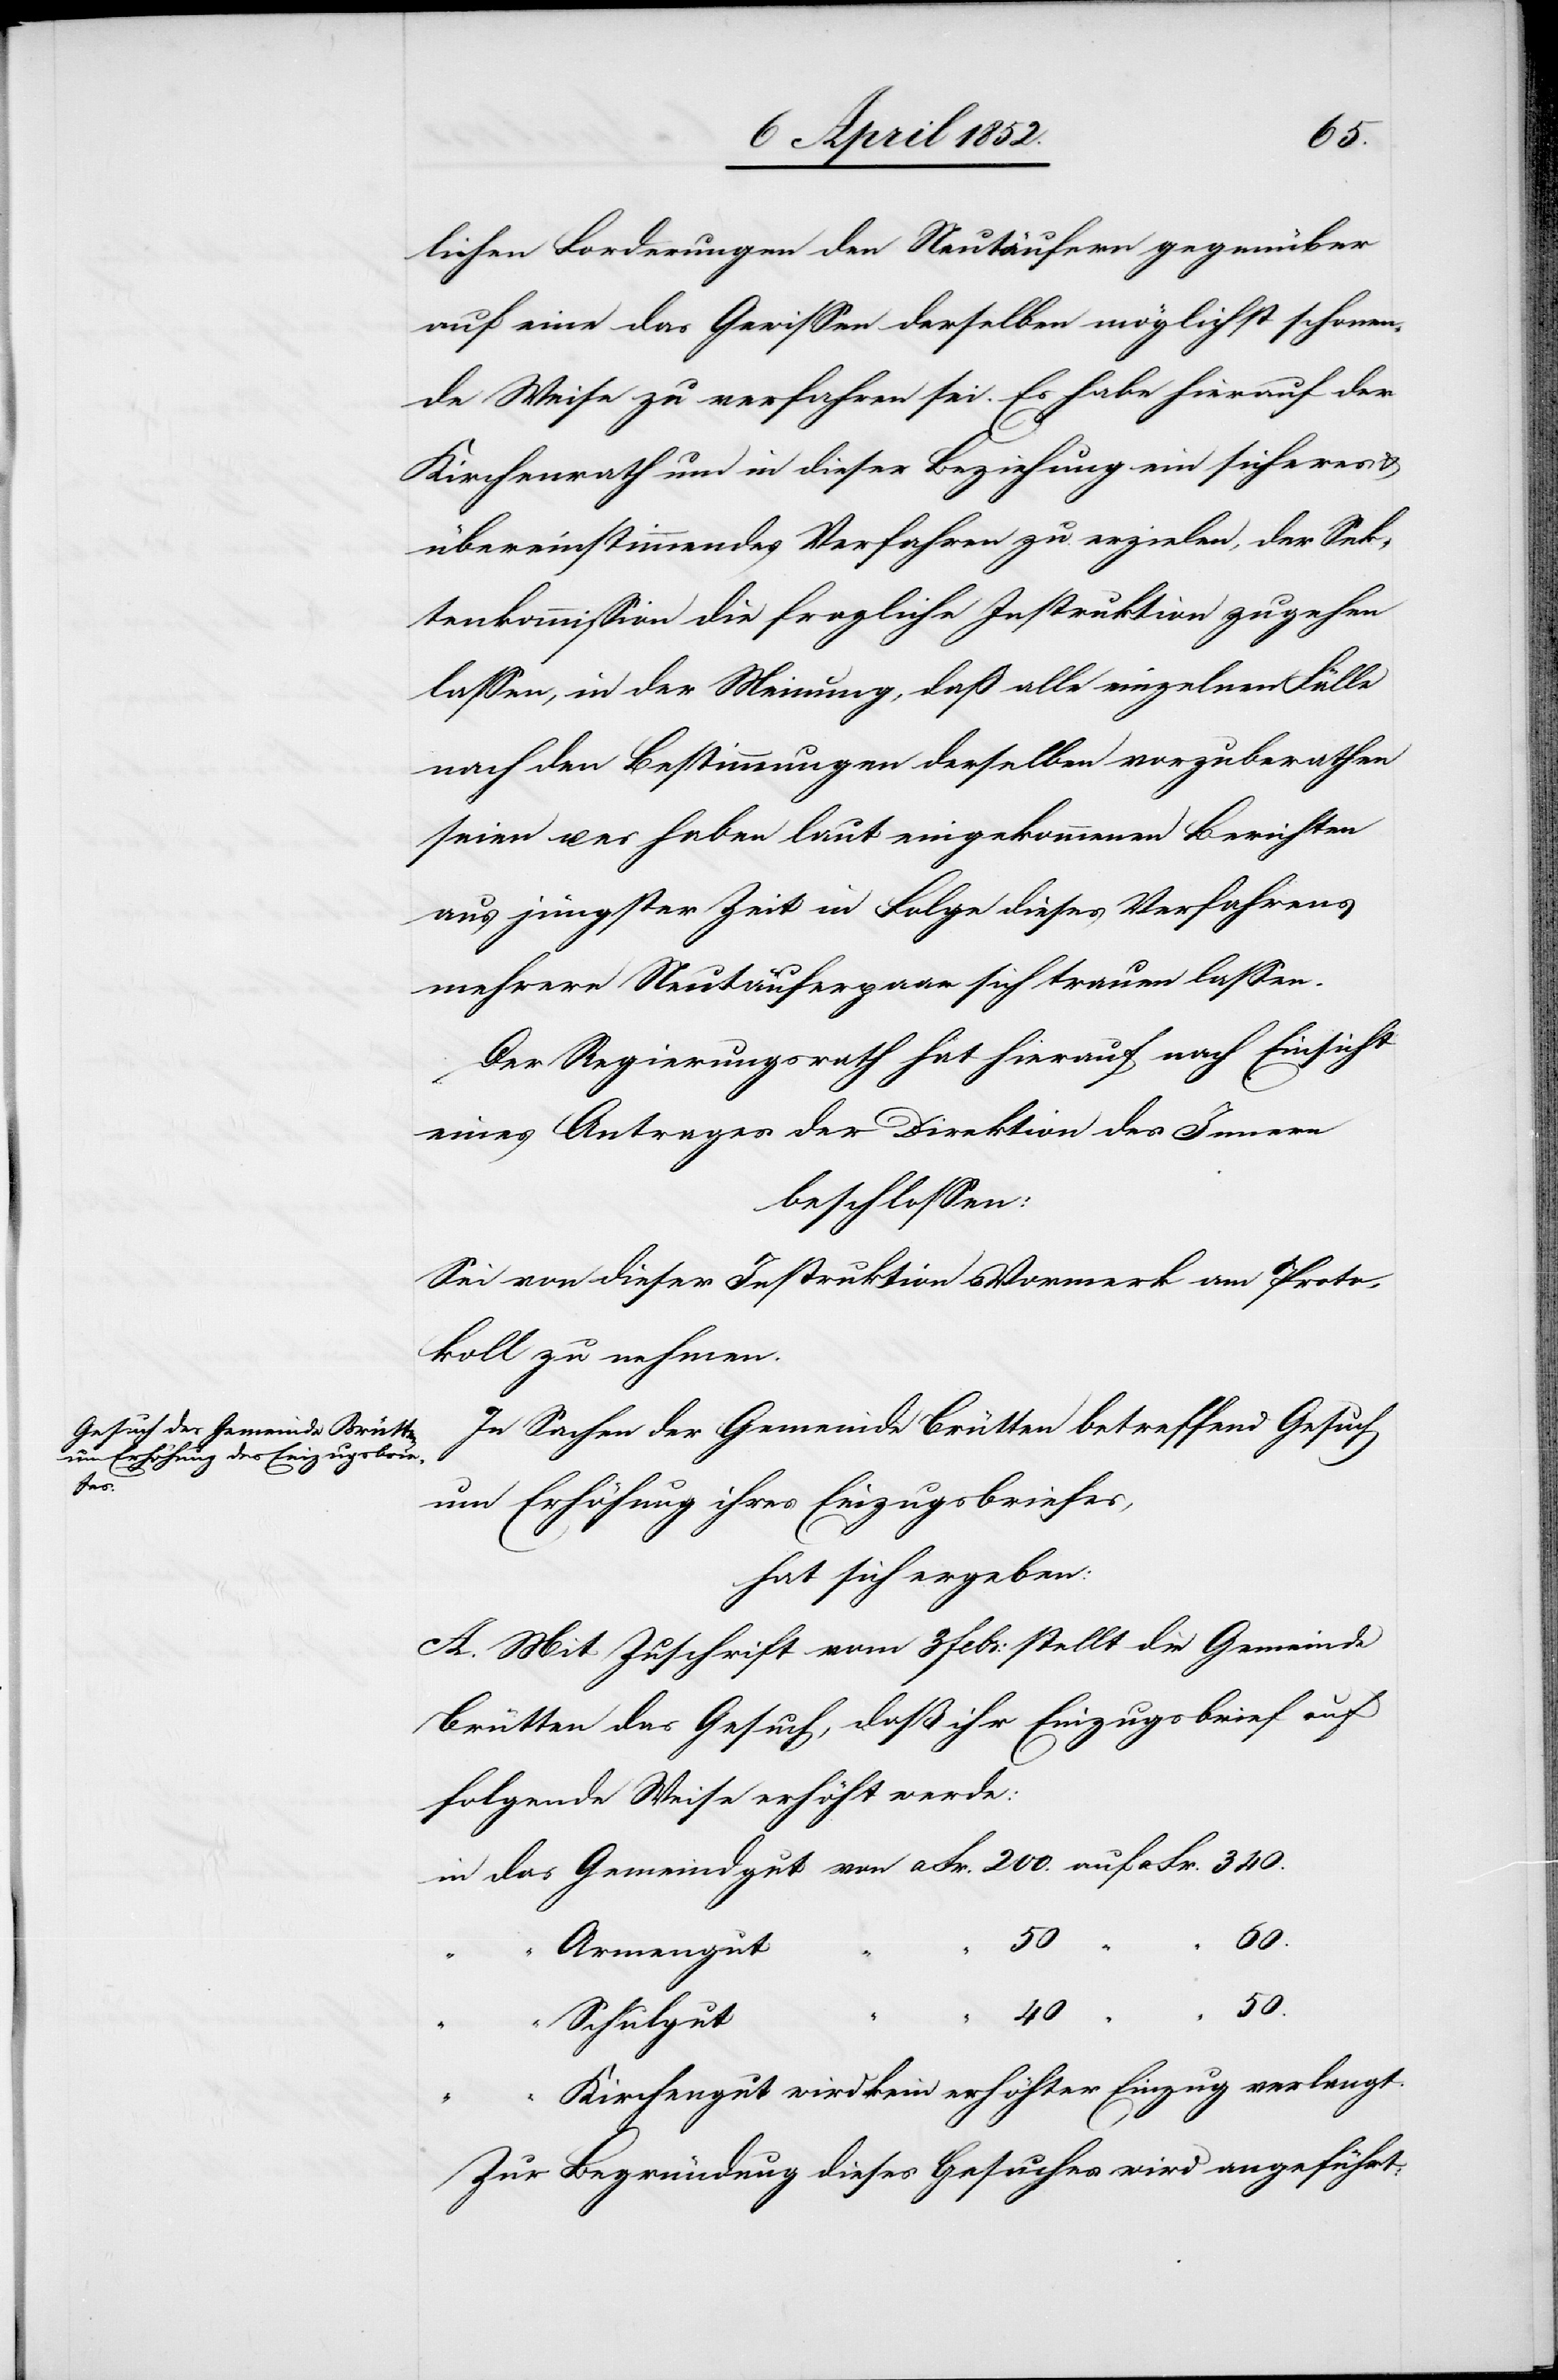
ver¬

langt.
lichen Forderungen den Neutäufern gegenüber
auf eine das Gewissen derselben möglichst schonen¬
de Weise zu verfahren sei. Es habe hierauf der
Kirchenrath um in dieser Beziehung ein sicheres
übereinstimmendes Verfahren zu erzielen, der Sek¬
tenkommission die fragliche Instruktion zugehen
lassen, in der Meinung, daß alle einzelnen Fälle
nach den Bestimmungen derselben vorzuberathen
seien u. es haben laut eingekommenen Berichten
aus jüngster Zeit in Folge dieses Verfahrens
mehrere Neutäuferpaar sich trauen lassen.
Der Regierungsrath hat hierauf nach Einsicht
eines Antrages der Direktion des Innern
beschlossen:
Sei von dieser Instruktion Vormerk am Proto¬
koll zu nehmen.
In Sachen der Gemeinde Brütten betreffend Gesuch
um Erhöhung ihres Einzugsbriefes,
hat sich ergeben:
A. Mit Zuschrift vom 3 Febr: stellt die Gemeinde
Brütten das Gesuch, daß ihr Einzugsbrief auf
folgende Weise erhöht werde:
Fr.
340.
Armengut
40
50.
Schulgut
Zur Begründung dieses Gesuches wird angeführt: